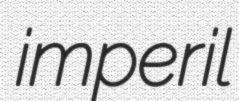
imperil